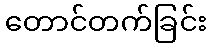
တောင်တက်ခြင်း